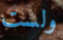
ولست